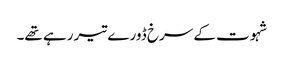
شہوت کے سرخ ڈورے تیر رہے تھے۔